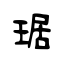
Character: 琚